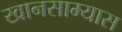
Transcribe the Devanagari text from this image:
खानसाम्यास